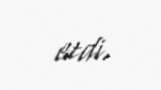
etdi.